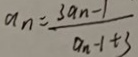
a _ { n } = \frac { 3 a _ { n } - 1 } { a _ { n - 1 } + 3 }